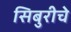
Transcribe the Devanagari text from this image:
सिबुरीचे